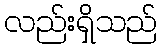
လည်းရှိသည်